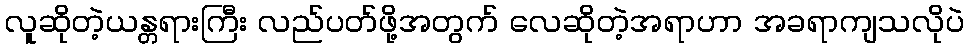
လူဆိုတဲ့ယန္တရားကြီး လည်ပတ်ဖို့အတွက် လေဆိုတဲ့အရာဟာ အခရာကျသလိုပဲ